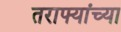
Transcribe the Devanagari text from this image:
तराफ्यांच्या